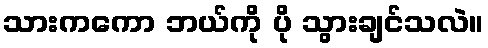
သားကကော ဘယ်ကို ပို သွားချင်သလဲ။